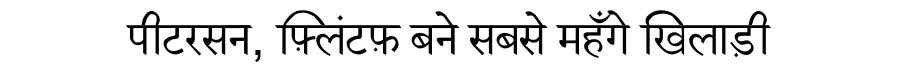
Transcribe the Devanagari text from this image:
पीटरसन, फ़्लिंटफ़ बने सबसे महँगे खिलाड़ी